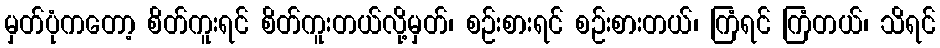
မှတ်ပုံကတော့ စိတ်ကူးရင် စိတ်ကူးတယ်လို့မှတ်၊ စဉ်းစားရင် စဉ်းစားတယ်၊ ကြံရင် ကြံတယ်၊ သိရင်